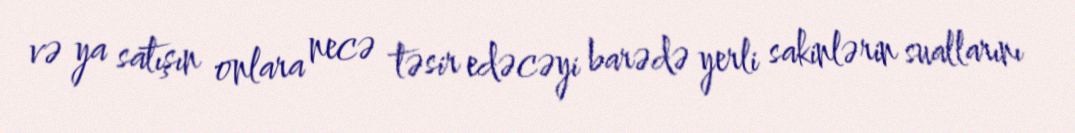
və ya satışın onlara necə təsir edəcəyi barədə yerli sakinlərin suallarını